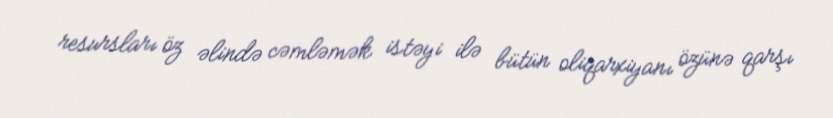
resursları öz əlində cəmləmək istəyi ilə bütün oliqarxiyanı özünə qarşı